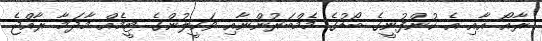
ރާއޯ އާއި އެ ކުންފުނީގެ ބޯޑުގެ މެމްބަރުންނާއި ވަކީލުންގެ ޓީމެއް މާދަމާ ރާއްޖެ